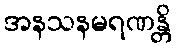
အနသနမရဏန္တိ